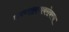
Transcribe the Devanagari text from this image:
रुग्णालयाबरोबरच